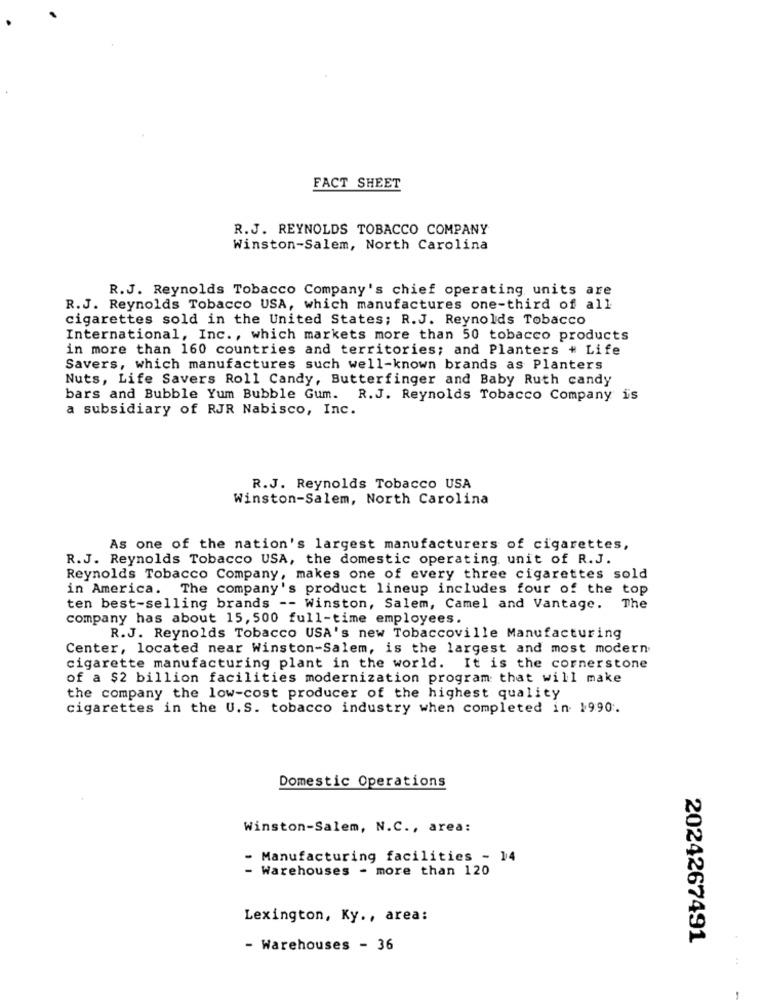
FACT SHEET
R.J. REYNOLDS TOBACCO COMPANY
Winston-Salem, North Carolina
R.J. Reynolds Tobacco Company's chief operating units are
R.J. Reynolds Tobacco USA, which manufactures one-third of all
cigarettes sold in the United States; R.J. Reynolds Tobacco
International, Inc ., which markets more than 50 tobacco products
in more than 160 countries and territories; and Planters # Life
Savers, which manufactures such well-known brands as Planters
Nuts, Life Savers Roll Candy, Butterfinger and Baby Ruth candy
bars and Bubble Yum Bubble Gum. R.J. Reynolds Tobacco Company is
a subsidiary of RJR Nabisco, Inc.
R.J. Reynolds Tobacco USA
Winston-Salem, North Carolina
As one of the nation's largest manufacturers of cigarettes,
R.J. Reynolds Tobacco USA, the domestic operating unit of R.J.
Reynolds Tobacco Company, makes one of every three cigarettes sold
in America. The company's product lineup includes four of the top
ten best-selling brands -- Winston, Salem, Camel and Vantage. The
company has about 15, 500 full-time employees.
R.J. Reynolds Tobacco USA's new Tobaccoville Manufacturing
Center, located near Winston-Salem, is the largest and most modern
cigarette manufacturing plant in the world. It is the cornerstone
of a $2 billion facilities modernization program that will make
the company the low-cost producer of the highest quality
cigarettes in the U.S. tobacco industry when completed in 1990.
Domestic Operations
Winston-Salem, N.C ., area:
- Manufacturing facilities - 14
- Warehouses - more than 120
Lexington, Ky ., area:
2024267491
- Warehouses - 36